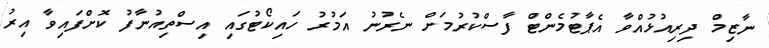
ނާޒިމް ދިރިއުޅުއްވާ އެޕާޓުމެންޓް ފާސްކުރުމަށް ނެރުނު އަމުރު ހައިކޯޓުގައި އިސްތިއުނާފު ކޮށްފައިވާ އިރު